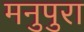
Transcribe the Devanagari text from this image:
मनुपुरा